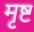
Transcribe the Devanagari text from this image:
मृष्ट